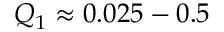
Q _ { 1 } \approx 0 . 0 2 5 - 0 . 5